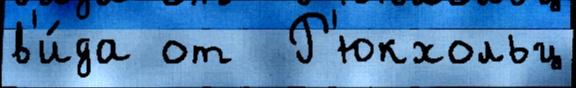
в'и́да от  Р'юкхольц